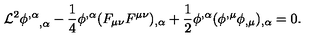
{ \cal L } ^ { 2 } { \phi ^ { , \alpha } } _ { , \alpha } - \frac 1 4 \phi ^ { , \alpha } ( F _ { \mu \nu } F ^ { \mu \nu } ) _ { , \alpha } + \frac 1 2 \phi ^ { , \alpha } ( \phi ^ { , \mu } \phi _ { , \mu } ) _ { , \alpha } = 0 .